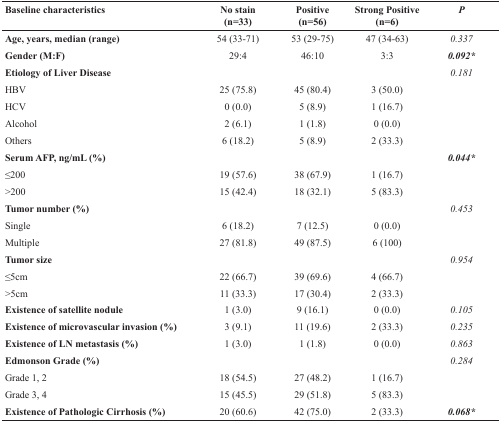
<table><thead><tr><td><b>Baseline characteristics</b></td><td><b>No stain(n=33)</b></td><td><b>Positive(n=56)</b></td><td><b>Strong Positive(n=6)</b></td><td><b><i>P</i></b></td></tr></thead><tbody><tr><td><b>Age, years, median (range)</b></td><td>54 (33-71)</td><td>53 (29-75)</td><td>47 (34-63)</td><td><i>0.337</i></td></tr><tr><td><b>Gender (M:F)</b></td><td>29:4</td><td>46:10</td><td>3:3</td><td><b><i>0.092</i></b>*</td></tr><tr><td><b>Etiology of Liver Disease</b></td><td></td><td></td><td></td><td><i>0.181</i></td></tr><tr><td>HBV</td><td>25 (75.8)</td><td>45 (80.4)</td><td>3 (50.0)</td><td></td></tr><tr><td>HCV</td><td>0 (0.0)</td><td>5 (8.9)</td><td>1 (16.7)</td><td></td></tr><tr><td>Alcohol</td><td>2 (6.1)</td><td>1 (1.8)</td><td>0 (0.0)</td><td></td></tr><tr><td>Others</td><td>6 (18.2)</td><td>5 (8.9)</td><td>2 (33.3)</td><td></td></tr><tr><td><b>Serum AFP, ng/mL (%)</b></td><td></td><td></td><td></td><td><b><i>0.044</i></b>*</td></tr><tr><td>≤200</td><td>19 (57.6)</td><td>38 (67.9)</td><td>1 (16.7)</td><td></td></tr><tr><td>&gt;200</td><td>15 (42.4)</td><td>18 (32.1)</td><td>5 (83.3)</td><td></td></tr><tr><td><b>Tumor number (%)</b></td><td></td><td></td><td></td><td><i>0.453</i></td></tr><tr><td>Single</td><td>6 (18.2)</td><td>7 (12.5)</td><td>0 (0.0)</td><td></td></tr><tr><td>Multiple</td><td>27 (81.8)</td><td>49 (87.5)</td><td>6 (100)</td><td></td></tr><tr><td><b>Tumor size</b></td><td></td><td></td><td></td><td><i>0.954</i></td></tr><tr><td>≤5cm</td><td>22 (66.7)</td><td>39 (69.6)</td><td>4 (66.7)</td><td></td></tr><tr><td>&gt;5cm</td><td>11 (33.3)</td><td>17 (30.4)</td><td>2 (33.3)</td><td></td></tr><tr><td><b>Existence of satellite nodule</b></td><td>1 (3.0)</td><td>9 (16.1)</td><td>0 (0.0)</td><td><i>0.105</i></td></tr><tr><td><b>Existence of microvascular invasion (%)</b></td><td>3 (9.1)</td><td>11 (19.6)</td><td>2 (33.3)</td><td><i>0.235</i></td></tr><tr><td><b>Existence of LN metastasis (%)</b></td><td>1 (3.0)</td><td>1 (1.8)</td><td>0 (0.0)</td><td><i>0.863</i></td></tr><tr><td><b>Edmonson Grade (%)</b></td><td></td><td></td><td></td><td><i>0.284</i></td></tr><tr><td>Grade 1, 2</td><td>18 (54.5)</td><td>27 (48.2)</td><td>1 (16.7)</td><td></td></tr><tr><td>Grade 3, 4</td><td>15 (45.5)</td><td>29 (51.8)</td><td>5 (83.3)</td><td></td></tr><tr><td><b>Existence of Pathologic Cirrhosis (%)</b></td><td>20 (60.6)</td><td>42 (75.0)</td><td>2 (33.3)</td><td><b><i>0.068</i></b>*</td></tr></tbody></table>